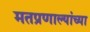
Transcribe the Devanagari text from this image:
मतप्रणाल्यांच्या